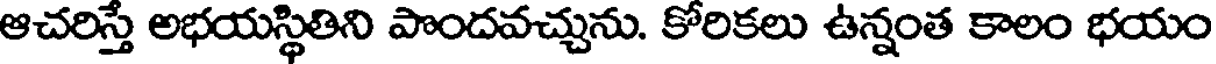
ఆచరిస్తే అభయస్థితిని పొందవచ్చును. కోరికలు ఉన్నంత కాలం భయం